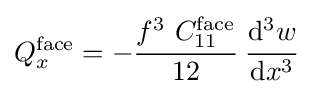
Q_{x}^{\mathrm {face} }=-{\cfrac {f^{3}~C_{11}^{\mathrm {face} }}{12}}~{\cfrac {\mathrm {d} ^{3}w}{\mathrm {d} x^{3}}}